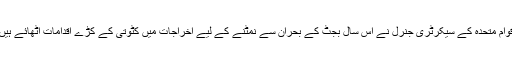
اقوام متحدہ کے سیکرٹری جنرل نے اس سال بجٹ کے بحران سے نمٹنے کے لیے اخراجات میں کٹوتی کے کڑے اقدامات اٹھائے ہیں۔